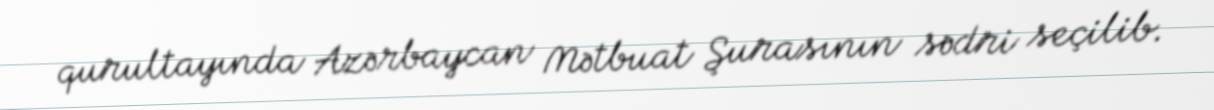
qurultayında Azərbaycan Mətbuat Şurasının sədri seçilib.